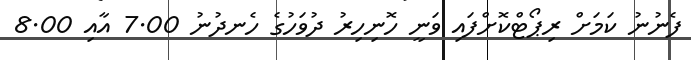
ފެނުނު ކަމަށް ރިޕޯޓްކޮށްފައި ވަނީ ހޮނިހިރު ދުވަހުގެ ހެނދުނު 7.00 އާއި 8.00